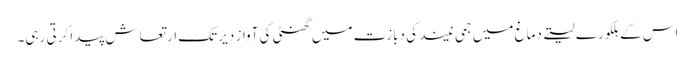
اس کے ہلکورے لیتے دماغ میں جمی نیند کی دبازت میں گھنٹی کی آواز دیر تک ارتعاش پیدا کرتی رہی۔